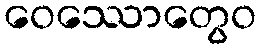
ဝေဿောတွေဝ